Civil Veterinary Dept. Bombay admin report 1923-31 - 1923-1931
Year: 1923
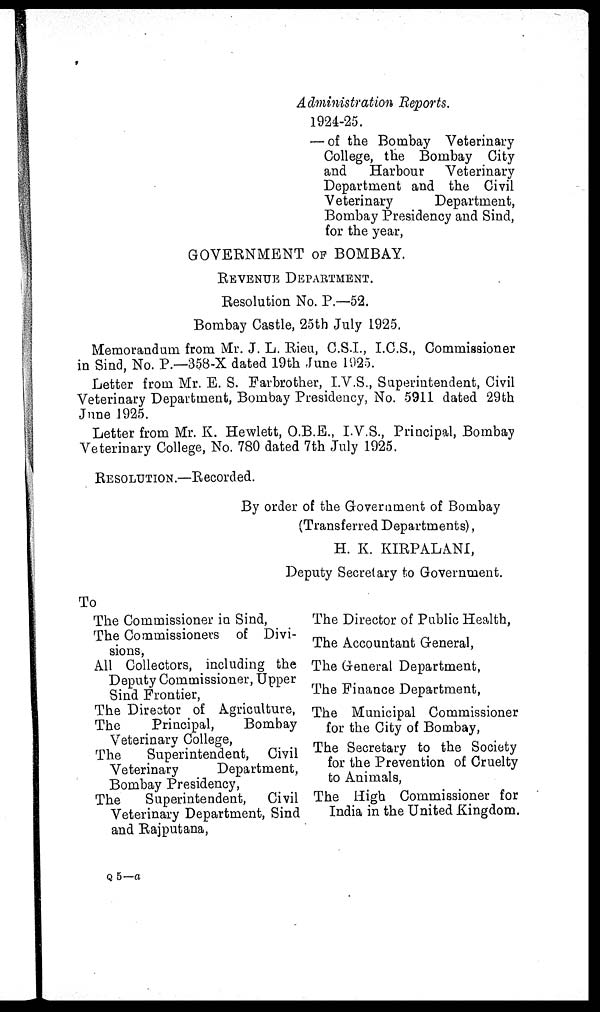
Administration Reports.
1924-25.
— of the Bombay Veterinary
College, the Bombay City
and
Harbour
Veterinary
Department and the Civil
Veterinary
Department,
Bombay Presidency and Sind,
for the year,
GOVERNMENT OF BOMBAY.
REVENUE DEPARTMENT.
Resolution No. P.—52.
Bombay Castle, 25th July 1925.
Memorandum from Mr. J. L. Rieu, C.S.I., I.C.S., Commissioner
in Sind, No. P.—358-X dated 19th June 1925.
Letter from Mr. E. S. Farbrother, I.V.S., Superintendent, Civil
Veterinary Department, Bombay Presidency, No. 5911 dated 29th
June 1925.
Letter from Mr. K. Hewlett, O.B.E., I.V.S., Principal, Bombay
Veterinary College, No. 780 dated 7th July 1925.
RESOLUTION.—Recorded.
By order of the Government of Bombay
(Transferred Departments),
H. K. KIRPALANI,
Deputy Secretary to Government.
To
The Commissioner in Sind,
The Commissioners of Divi-
sions,
All Collectors, including the
Deputy Commissioner, Upper
Sind Frontier,
The Director of Agriculture,
The
Principal,
Bombay
Veterinary College,
The
Superintendent, Civil
Veterinary
Department,
Bombay Presidency,
The
Superintendent,
Civil
Veterinary Department, Sind
and Rajputana,
The Director of Public Health,
The Accountant General,
The General Department,
The Finance Department,
The Municipal Commissioner
for the City of Bombay,
The Secretary to the Society
for the Prevention of Cruelty
to Animals,
The High Commissioner for
India in the United Kingdom.
Q 5—a